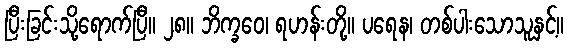
ပြီးခြင်းသို့ရောက်ပြီ။ ၂၈။ ဘိက္ခဝေ၊ ရဟန်းတို့။ ပရေန၊ တစ်ပါးသောသူနှင့်။